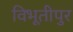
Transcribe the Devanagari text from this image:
विभूतीपुर